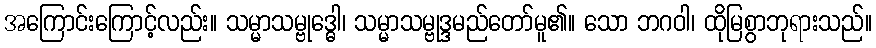
အကြောင်းကြောင့်လည်း။ သမ္မာသမ္ဗုဒ္ဓေါ၊ သမ္မာသမ္ဗုဒ္ဒမည်တော်မူ၏။ သော ဘဂဝါ၊ ထိုမြစွာဘုရားသည်။